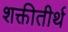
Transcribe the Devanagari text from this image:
शक्तीतीर्थ